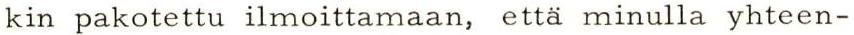
kin pakotettu ilmoittamaan, että minulla yhteen-